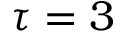
\tau = 3